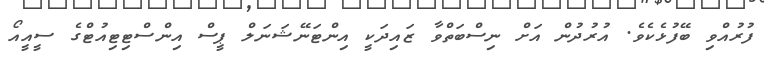
ފުރުއްވި ބޭފުޅެކެވެ. އުރުދުން އަށް ނިސްބަތްވާ ޒައިދަކީ އިންޓަނޭޝަނަލް ޕީސް އިންސްޓިޓިއުޓްގެ ސީއީއޯ